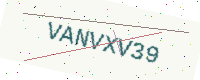
Text: VANVXV39